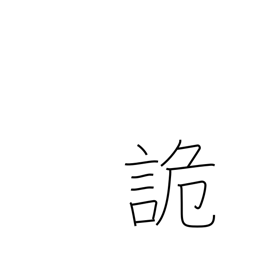
Meaning: deceive